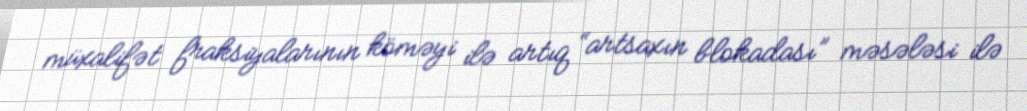
müxalifət fraksiyalarının köməyi ilə artıq “artsaxın blokadası” məsələsi ilə